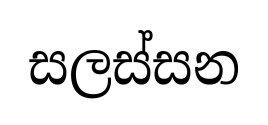
සලස්සන